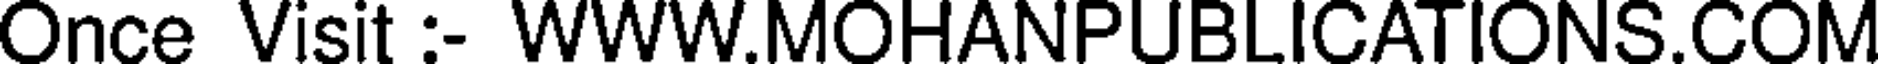
Once Visit :- WWW.MOHANPUBLICATIONS.COM